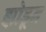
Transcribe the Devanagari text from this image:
झोडून